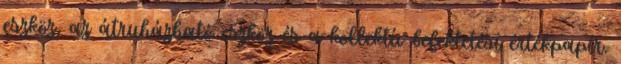
eszköz, az átruházható eszköz és a kollektív befektetési értékpapír.